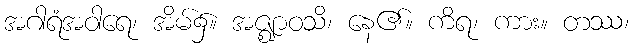
အဂါရံအဝါရေ၊ အိမ်၌။ အဇ္ဈာဝသိ၊ နေ၏။ ကိရ၊ ကား။ တဿ၊